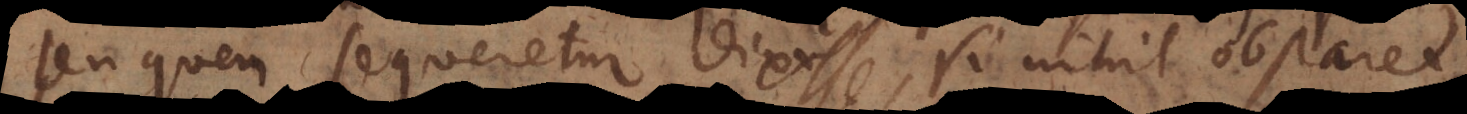
u quem sequeretur dixisse, si nihil obstaret.